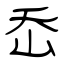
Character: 岙